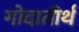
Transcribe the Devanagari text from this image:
गोदातीर्थ